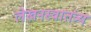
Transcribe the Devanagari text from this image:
लेखनस्वातंत्र्य